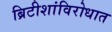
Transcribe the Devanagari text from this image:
ब्रिटीशांविरोधात